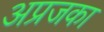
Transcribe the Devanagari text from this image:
अप्रजका